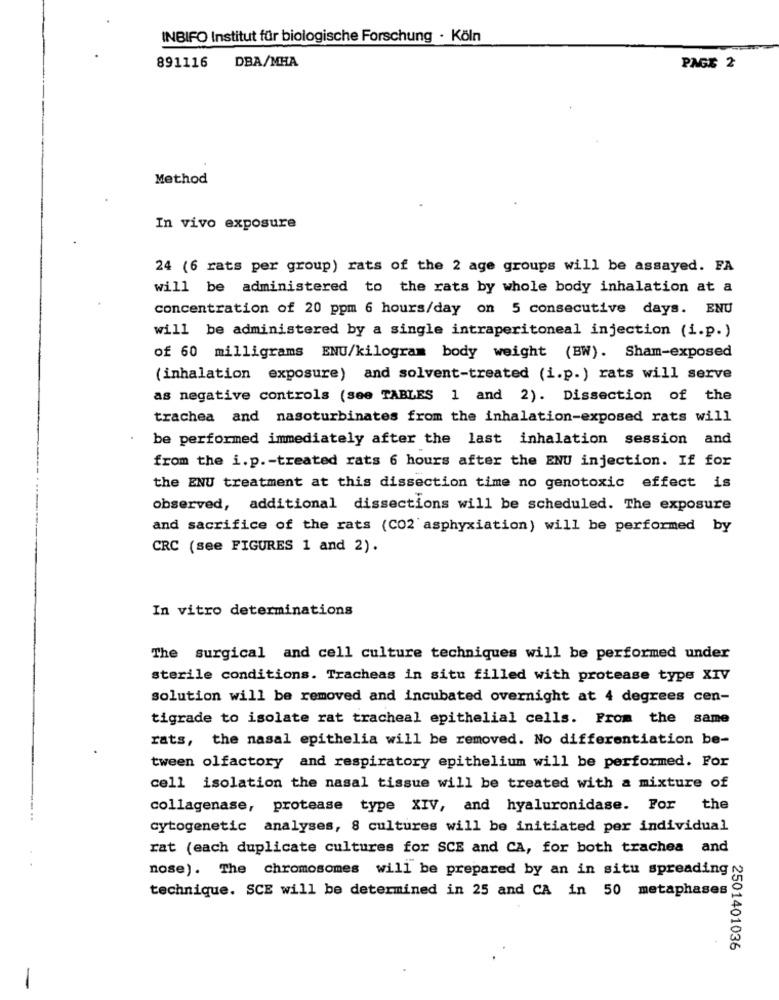
INBIFO Institut für biologische Forschung · Köln
891116
DBA/MHA
PAGE 2
Method
In vivo exposure
24 (6 rats per group) rats of the 2 age groups will be assayed. FA
will be administered to the rats by whole body inhalation at a
concentration of 20 ppm 6 hours/day on 5 consecutive days. ENU
will be administered by a single intraperitoneal injection (i.p.)
of 60 milligrams ENU/kilogram body weight (BW). Sham-exposed
(inhalation exposure) and solvent-treated (i.p.) rats will serve
as negative controls (see TABLES 1 and 2). Dissection of the
trachea and nasoturbinates from the inhalation-exposed rats will
be performed immediately after the last inhalation session and
from the i. p .- treated rats 6 hours after the ENU injection. If for
the ENU treatment at this dissection time no genotoxic effect is
observed, additional dissections will be scheduled. The exposure
and sacrifice of the rats (CO2'asphyxiation) will be performed by
CRC (see FIGURES 1 and 2).
In vitro determinations
The surgical and cell culture techniques will be performed under
sterile conditions. Tracheas in situ filled with protease type XIV
solution will be removed and incubated overnight at 4 degrees cen-
tigrade to isolate rat tracheal epithelial cells. From the same
rats, the nasal epithelia will be removed. No differentiation be-
tween olfactory and respiratory epithelium will be performed. For
cell isolation the nasal tissue will be treated with a mixture of
collagenase, protease type XIV, and hyaluronidase. For
the
cytogenetic analyses, 8 cultures will be initiated per individual
rat (each duplicate cultures for SCE and CA, for both trachea and
nose). The chromosomes will be prepared by an in situ spreading
technique. SCE will be determined in 25 and CA in 50 metaphases
2501401036
-